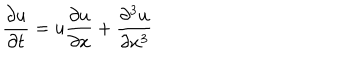
{ \frac { \partial u } { \partial t } } = u { \frac { \partial u } { \partial x } } + { \frac { \partial ^ { 3 } u } { \partial x ^ { 3 } } }